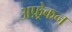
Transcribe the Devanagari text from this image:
अफ़्र्रेकन